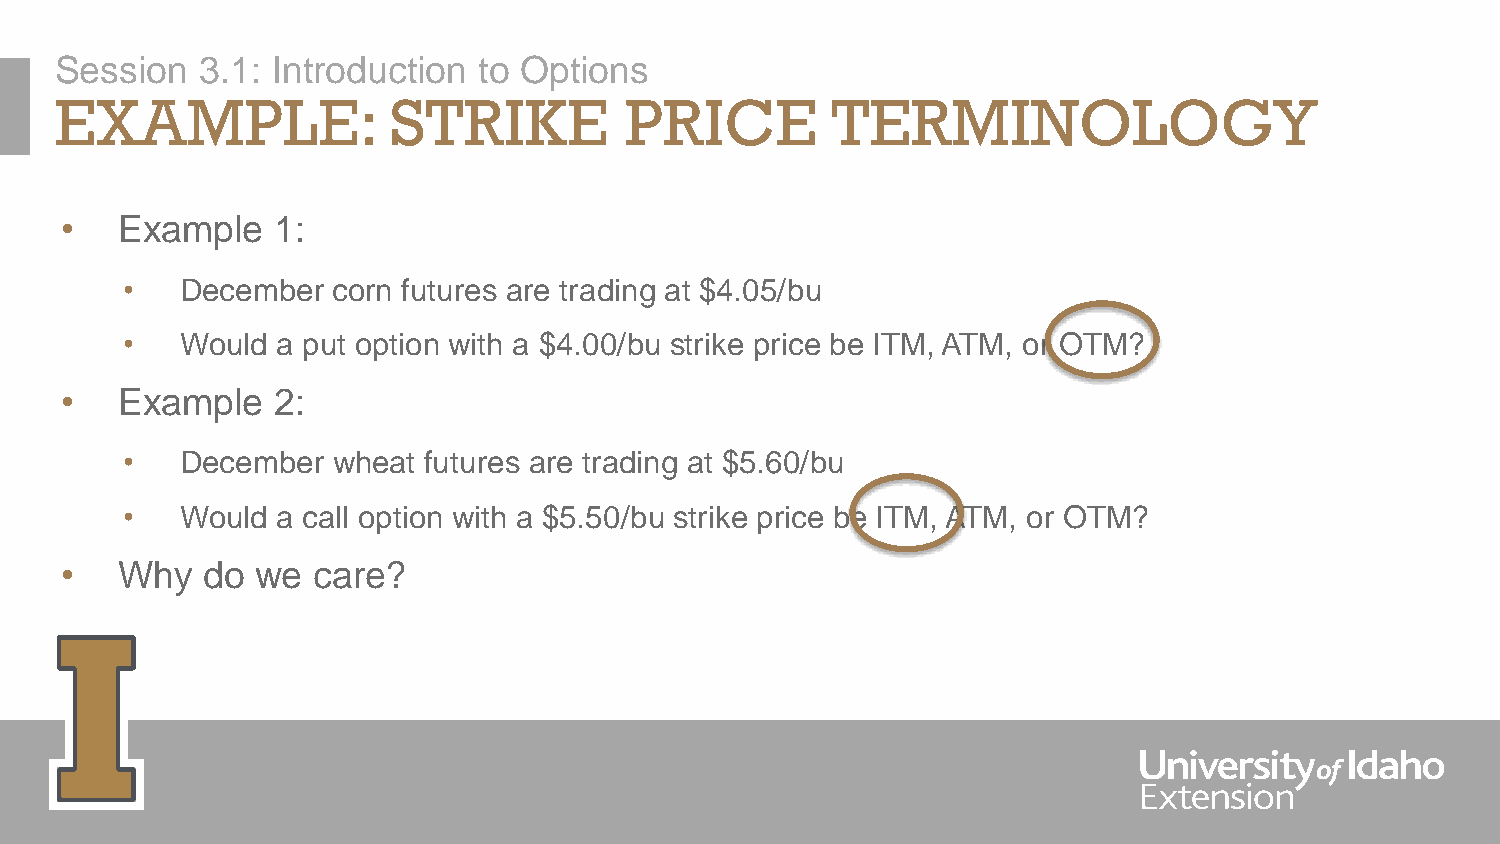
Session  3.1: Introduction  to Options
 EXAMPLE:              STRIKE         PRICE         TERMINOLOGY
 •   Example   1:
 •   December  corn futures are trading at $4.05/bu
 •   Would a put option with a $4.00/bu strike price be ITM, ATM, or OTM?
 •   Example   2:
 •   December  wheat futures are trading at $5.60/bu
 •   Would a call option with a $5.50/bu strike price be ITM, ATM, or OTM?
 •   Why  do  we  care?